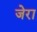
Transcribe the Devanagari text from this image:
जेरा